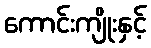
ကောင်းကျိုးနှင့်